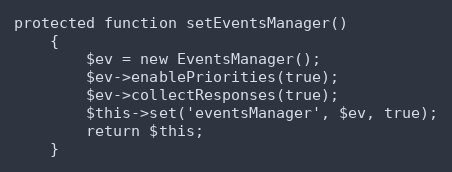
Language: PHP
protected function setEventsManager()
    {
        $ev = new EventsManager();
        $ev->enablePriorities(true);
        $ev->collectResponses(true);
        $this->set('eventsManager', $ev, true);
        return $this;
    }